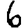
Digit: 6